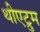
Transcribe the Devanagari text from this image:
थीएट्रुम